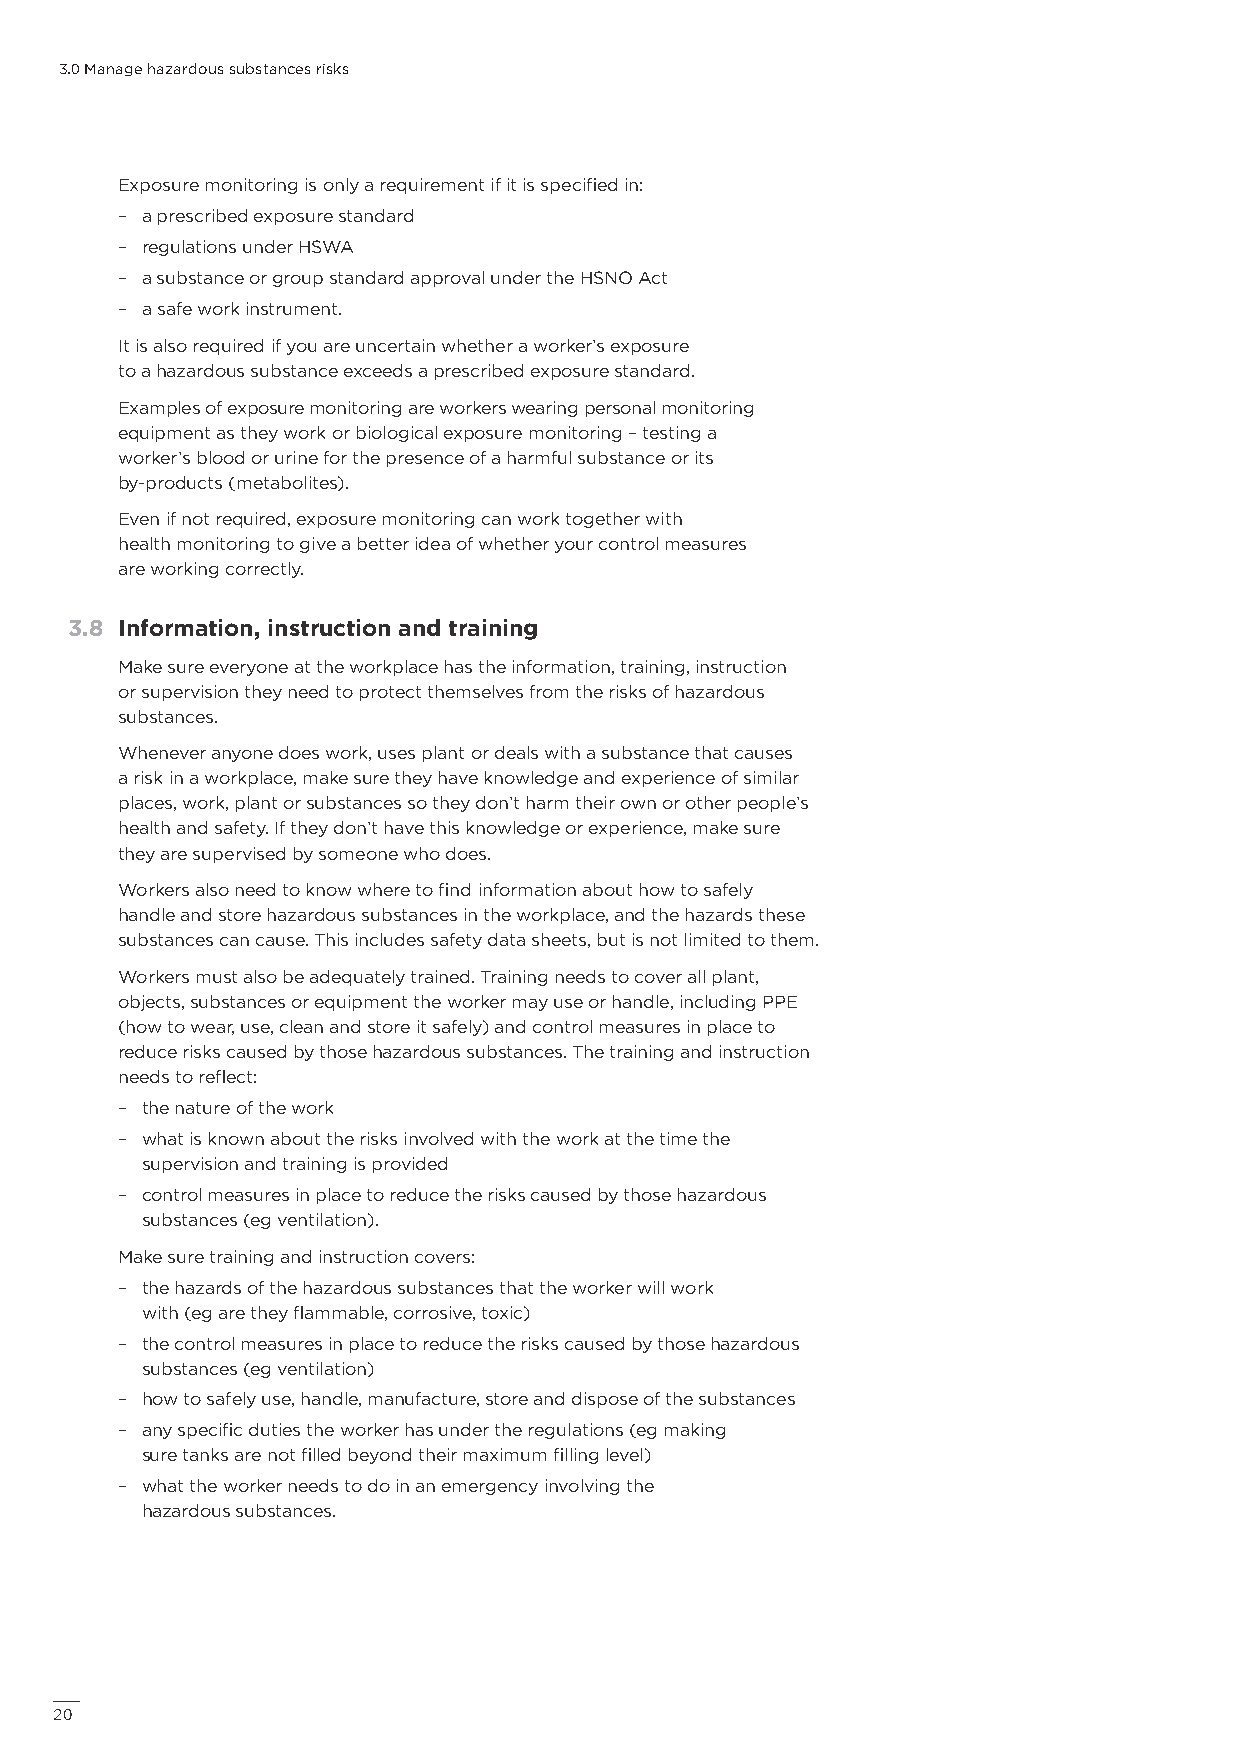
3.0 Manage hazardous substances risks
 Exposure monitoring is only a requirement if it is specified in:
 – a prescribed exposure standard
 – regulations under HSWA
 – a substance or group standard approval under the HSNO Act
 – a safe work instrument.
 It is also required if you are uncertain whether a worker’s exposure
 to a hazardous substance exceeds a prescribed exposure standard.
 Examples of exposure monitoring are workers wearing personal monitoring
 equipment as they work or biological exposure monitoring – testing a
 worker’s blood or urine for the presence of a harmful substance or its
 by-products (metabolites).
 Even if not required, exposure monitoring can work together with
 health monitoring to give a better idea of whether your control measures
 are working correctly.
 3.8 Information, instruction and training
 Make sure everyone at the workplace has the information, training, instruction
 or supervision they need to protect themselves from the risks of hazardous
 substances.
 Whenever anyone does work, uses plant or deals with a substance that causes
 a risk in a workplace, make sure they have knowledge and experience of similar
 places, work, plant or substances so they don’t harm their own or other people’s
 health and safety. If they don’t have this knowledge or experience, make sure
 they are supervised by someone who does.
 Workers also need to know where to find information about how to safely
 handle and store hazardous substances in the workplace, and the hazards these
 substances can cause. This includes safety data sheets, but is not limited to them.
 Workers must also be adequately trained. Training needs to cover all plant,
 objects, substances or equipment the worker may use or handle, including PPE
 (how to wear, use, clean and store it safely) and control measures in place to
 reduce risks caused by those hazardous substances. The training and instruction
 needs to reflect:
 – the nature of the work
 – what is known about the risks involved with the work at the time the
 supervision and training is provided
 – control measures in place to reduce the risks caused by those hazardous
 substances (eg ventilation).
 Make sure training and instruction covers:
 – the hazards of the hazardous substances that the worker will work
 with (eg are they flammable, corrosive, toxic)
 – the control measures in place to reduce the risks caused by those hazardous
 substances (eg ventilation)
 – how to safely use, handle, manufacture, store and dispose of the substances
 – any specific duties the worker has under the regulations (eg making
 sure tanks are not filled beyond their maximum filling level)
 – what the worker needs to do in an emergency involving the
 hazardous substances.
 20